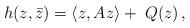
LaTeX: \begin{align*}h(z,\bar z)=\langle z,Az\rangle + \; Q(z)\,,\end{align*}